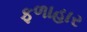
ફળાહાર